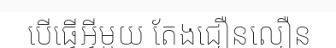
បើធ្វើអ្វីមួយ តែងជឿនលឿន